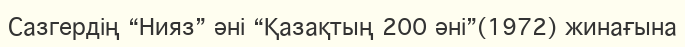
Сазгердің “Нияз” әні “Қазақтың 200 әні”(1972) жинағына